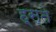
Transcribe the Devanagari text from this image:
ह्स्ते